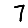
Digit: 7